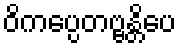
ဝိကပ္ပေတဗ္ဗန္တိပေ